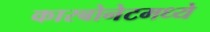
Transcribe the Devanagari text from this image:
कारबोनेटमध्ये